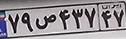
۷۹ص۴۳۷۴۷